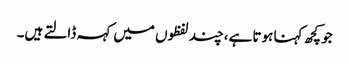
جو کچھ کہنا ہوتا ہے،چند لفظوں میں کہہ ڈالتے ہیں۔